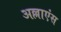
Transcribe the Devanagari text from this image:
अल्लाएंस